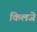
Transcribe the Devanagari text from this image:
किलजे